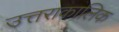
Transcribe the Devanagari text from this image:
उत्तराकालिक